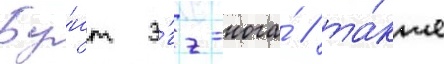
Бу́нт э́гг-нога́ / та́кже